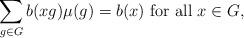
LaTeX: \begin{align*}\sum_{g \in G} b(xg)\mu(g)=b(x) \textrm{ for all }x\in G,\end{align*}